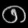
Digit: ၈